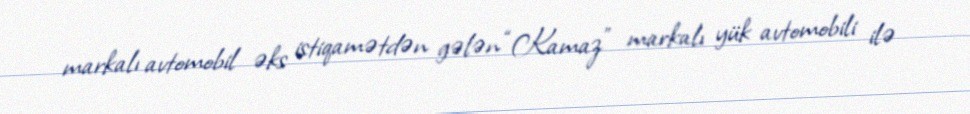
markalı avtomobil əks istiqamətdən gələn “Kamaz” markalı yük avtomobili ilə